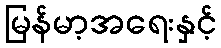
မြန်မာ့အရေးနှင့်